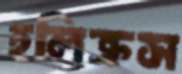
হলিক্রস